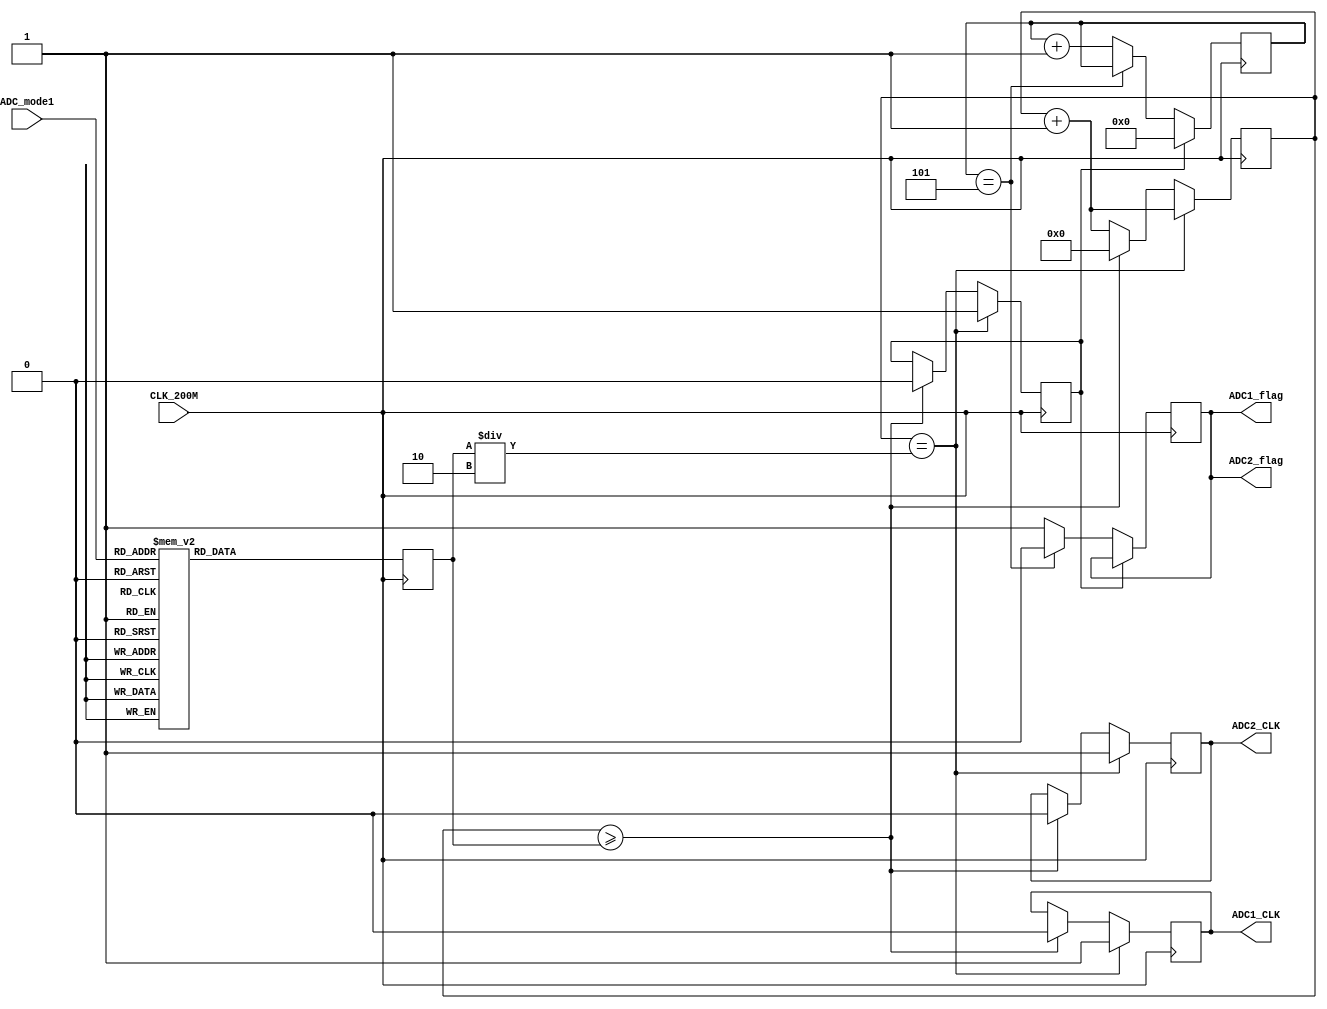
module ADC
(
	input wire 			CLK_200M,
    input wire 	[3:0]	ADC_mode1,

    output reg			ADC1_CLK,
    output reg			ADC2_CLK,
    output reg			ADC1_flag,
    output wire			ADC2_flag
    
);

reg [19:0]	ADC1_cnt;
reg			ADC_CLK;
reg [19:0]	ADC1_aim = 20'd4999;

reg [3:0]	ADC1_flag_cnt;


assign ADC2_flag = ADC1_flag;

always@(posedge CLK_200M)//(posedge CLK_200M)
	begin
    case(ADC_mode1)
    	4'd0:ADC1_aim <= 20'd499999;
        4'd1:ADC1_aim <= 20'd249999;
        4'd2:ADC1_aim <= 20'd124999;
        4'd3:ADC1_aim <= 20'd49999;
        4'd4:ADC1_aim <= 20'd24999;
        4'd5:ADC1_aim <= 20'd9999;
        4'd6:ADC1_aim <= 20'd4999;
        4'd7:ADC1_aim <= 20'd2499;
        4'd8:ADC1_aim <= 20'd1249;
        4'd9:ADC1_aim <= 20'd499;
        4'd10:ADC1_aim <= 20'd249;
        4'd11:ADC1_aim <= 20'd324;
        4'd12:ADC1_aim <= 20'd249;
        4'd13:ADC1_aim <= 20'd209;
        4'd14:ADC1_aim <= 20'd200;
        4'd15:ADC1_aim <= 20'd200;//200
        default : ADC1_aim <= 20'd4999;
        endcase
        
    end
always@(posedge CLK_200M)
	begin
	if(ADC1_cnt == ((ADC1_aim)/2'd2))//+1'b1
    	begin
    	ADC1_CLK <= 1'b1;
        ADC2_CLK <= 1'b1;
        ADC_CLK <= 1'b1;
        ADC1_cnt <= ADC1_cnt + 1'b1;
        end
    else if(ADC1_cnt >= ADC1_aim)
    	begin
        ADC1_CLK <= 1'b0;
        ADC2_CLK <= 1'b0;
        ADC_CLK <= 1'b0;
        ADC1_cnt <= 20'd0;
        end
	else
    	ADC1_cnt <= ADC1_cnt + 1'b1;
	end



always@(posedge CLK_200M)
begin
if(ADC_CLK == 1'b0)
	begin
    if(ADC1_flag_cnt == 4'd5)
    	begin
        ADC1_flag <= 1'b0;
        end
    else
    	begin
        ADC1_flag_cnt <= ADC1_flag_cnt + 1'b1;
        ADC1_flag <= 1'b1;
        end
    end
else
	ADC1_flag_cnt <= 4'd0;

end


endmodule